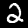
Label: 2